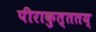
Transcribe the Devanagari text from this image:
पीराकुत्ततय्